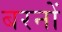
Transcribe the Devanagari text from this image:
बरनों